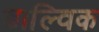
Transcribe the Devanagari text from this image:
डाल्विक